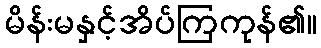
မိန်းမနှင့်အိပ်ကြကုန်၏။